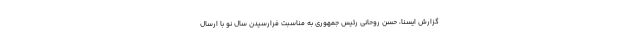
گزارش ایسنا، حسن روحانی رئیس جمهوری به مناسبت فرارسیدن سال نو با ارسال